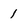
Character: 1